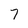
Character: 7